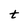
Character: t